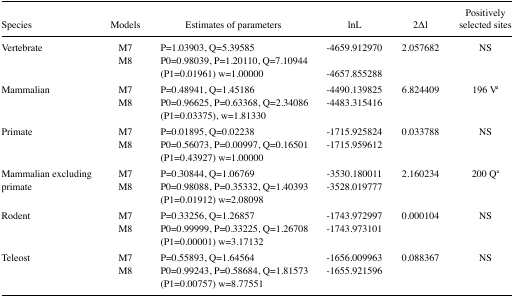
<table><thead><tr><td><b>Species</b></td><td><b>Models</b></td><td><b>Estimates of parameters</b></td><td><b>lnL</b></td><td><b>2Δl</b></td><td><b>Positively selected sites</b></td></tr></thead><tbody><tr><td rowspan="2">Vertebrate</td><td>M7</td><td>P=1.03903, Q=5.39585</td><td>−4659.912970</td><td>2.057682</td><td>NS</td></tr><tr><td>M8</td><td>P0=0.98039, P=1.20110, Q=7.10944 (P1=0.01961) w=1.00000</td><td>−4657.855288</td><td></td><td></td></tr><tr><td rowspan="2">Mammalian</td><td>M7</td><td>P=0.48941, Q=1.45186</td><td>−4490.139825</td><td>6.824409</td><td>196 Va</td></tr><tr><td>M8</td><td>P0=0.96625, P=0.63368, Q=2.34086 (P1=0.03375), w=1.81330</td><td>−4483.315416</td><td></td><td></td></tr><tr><td rowspan="2">Primate</td><td>M7</td><td>P=0.01895, Q=0.02238</td><td>−1715.925824</td><td>0.033788</td><td>NS</td></tr><tr><td>M8</td><td>P0=0.56073, P=0.00997, Q=0.16501 (P1=0.43927) w=1.00000</td><td>−1715.959612</td><td></td><td></td></tr><tr><td rowspan="2">Mammalian excluding primate</td><td>M7</td><td>P=0.30844, Q=1.06769</td><td>−3530.180011</td><td>2.160234</td><td>200 Qa</td></tr><tr><td>M8</td><td>P0=0.98088, P=0.35332, Q=1.40393 (P1=0.01912) w=2.08098</td><td>−3528.019777</td><td></td><td></td></tr><tr><td rowspan="2">Rodent</td><td>M7</td><td>P=0.33256, Q=1.26857</td><td>−1743.972997</td><td>0.000104</td><td>NS</td></tr><tr><td>M8</td><td>P0=0.99999, P=0.33225, Q=1.26708 (P1=0.00001) w=3.17132</td><td>−1743.973101</td><td></td><td></td></tr><tr><td rowspan="2">Teleost</td><td>M7</td><td>P=0.55893, Q=1.64564</td><td>−1656.009963</td><td>0.088367</td><td>NS</td></tr><tr><td>M8</td><td>P0=0.99243, P=0.58684, Q=1.81573 (P1=0.00757) w=8.77551</td><td>−1655.921596</td><td></td><td></td></tr></tbody></table>